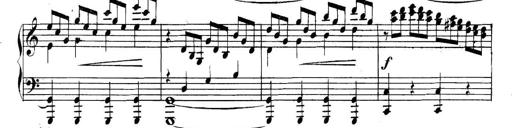
Title: Collected Piano Sonatas
Composer: Muzio Clementi